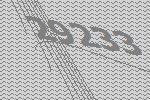
29233